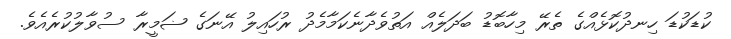
ކުޑަކުޑަ ހިނދުކޮޅެއްގެ ތެރޭ މިހާބޮޑު ބަދަލެއް އަތުވެދާނެކަމާމެދު ރުހައިލު އޭނަގެ ޟަމީރާ ސުވާލުކުރެއެވެ.